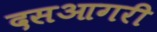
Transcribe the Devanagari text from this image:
दसआगरी